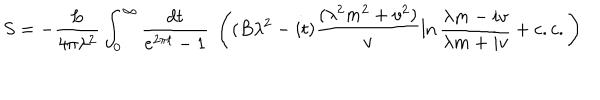
LaTeX: S = - \frac { L } { 4 \pi \lambda ^ { 2 } } \int _ { 0 } ^ { \infty } \frac { d t } { e ^ { 2 \pi t } - 1 } ~ \left( ( B \lambda ^ { 2 } - i t ) \frac { ( \lambda ^ { 2 } m ^ { 2 } + v ^ { 2 } ) } { v } \ln \frac { \lambda m - i v } { \lambda m + i v } + c . c . \right)